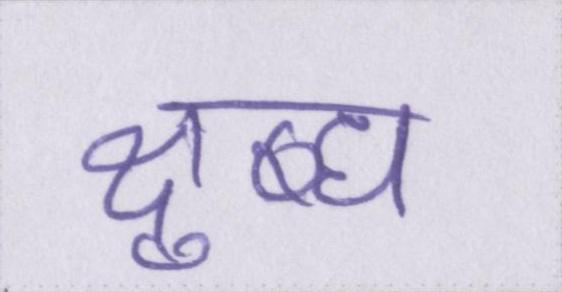
क्षुब्ध